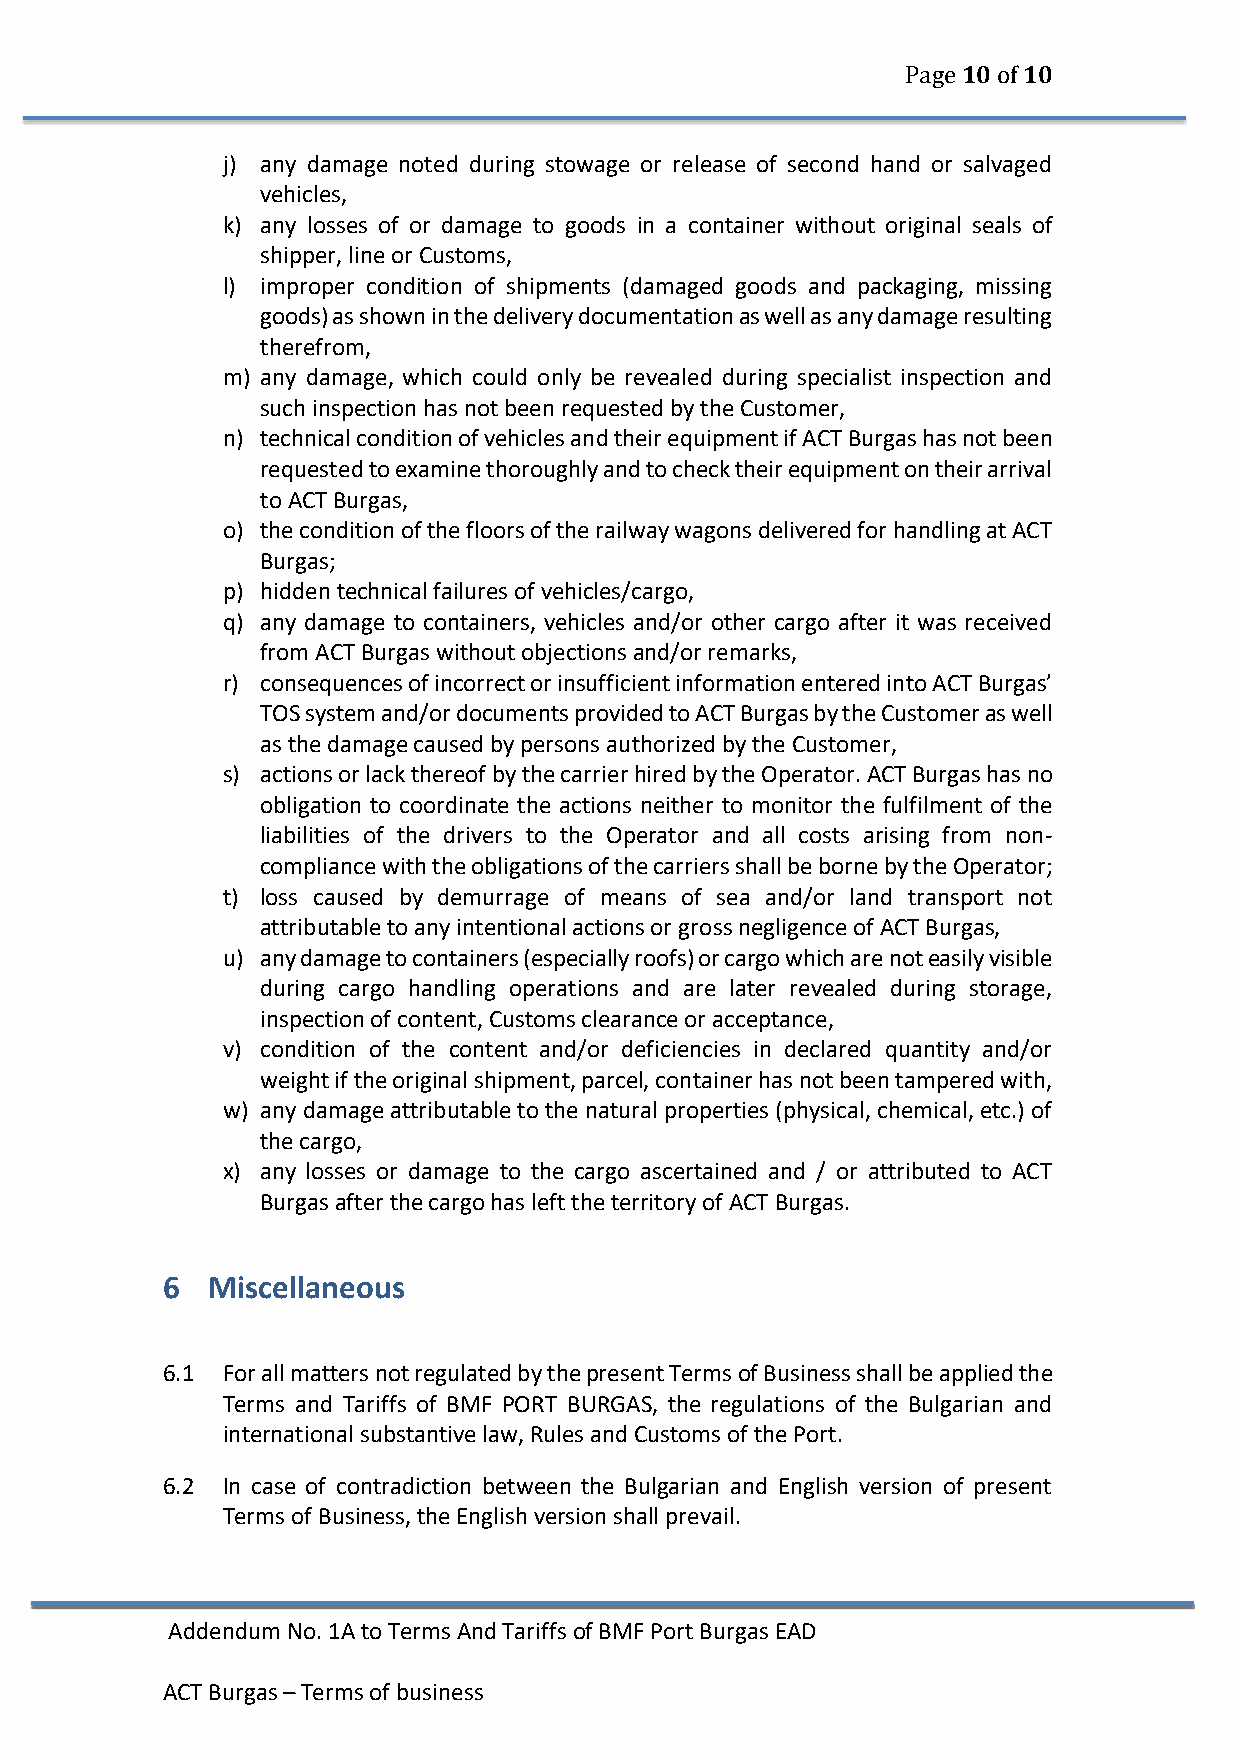
Page 10 of 10
 j) any damage noted during stowage or release of second hand or salvaged
 vehicles,
 k) any losses of or damage to goods in a container without original seals of
 shipper, line or Customs,
 l) improper condition of shipments (damaged goods and packaging, missing
 goods) as shown in the delivery documentation as well as any damage resulting
 therefrom,
 m) any damage, which could only be revealed during specialist inspection and
 such inspection has not been requested by the Customer,
 n) technical condition of vehicles and their equipment if ACT Burgas has not been
 requested to examine thoroughly and to check their equipment on their arrival
 to ACT Burgas,
 o) the condition of the floors of the railway wagons delivered for handling at ACT
 Burgas;
 p) hidden technical failures of vehicles/cargo,
 q) any damage to containers, vehicles and/or other cargo after it was received
 from ACT Burgas without objections and/or remarks,
 r) consequences of incorrect or insufficient information entered into ACT Burgas’
 TOS system and/or documents provided to ACT Burgas by the Customer as well
 as the damage caused by persons authorized by the Customer,
 s) actions or lack thereof by the carrier hired by the Operator. ACT Burgas has no
 obligation to coordinate the actions neither to monitor the fulfilment of the
 liabilities of the drivers to the Operator and all costs arising from non-
 compliance with the obligations of the carriers shall be borne by the Operator;
 t) loss caused by demurrage of means of sea and/or land transport not
 attributable to any intentional actions or gross negligence of ACT Burgas,
 u) any damage to containers (especially roofs) or cargo which are not easily visible
 during cargo handling operations and are later revealed during storage,
 inspection of content, Customs clearance or acceptance,
 v) condition of the content and/or deficiencies in declared quantity and/or
 weight if the original shipment, parcel, container has not been tampered with,
 w) any damage attributable to the natural properties (physical, chemical, etc.) of
 the cargo,
 x) any losses or damage to the cargo ascertained and / or attributed to ACT
 Burgas after the cargo has left the territory of ACT Burgas.
 6  Miscellaneous
 6.1 For all matters not regulated by the present Terms of Business shall be applied the
 Terms and Tariffs of BMF PORT BURGAS, the regulations of the Bulgarian and
 international substantive law, Rules and Customs of the Port.
 6.2 In case of contradiction between the Bulgarian and English version of present
 Terms of Business, the English version shall prevail.
 Addendum No. 1A to Terms And Tariffs of BMF Port Burgas EAD
 ACT Burgas – Terms of business